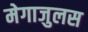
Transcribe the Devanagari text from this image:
मेगाजुलस